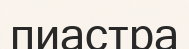
пиастра